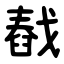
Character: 㦼